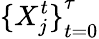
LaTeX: {\{ X_{j}^{t}\} }_{t=0}^{\tau}